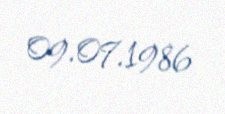
09.07.1986